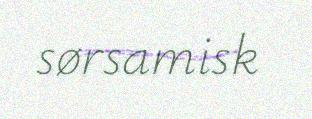
sørsamisk